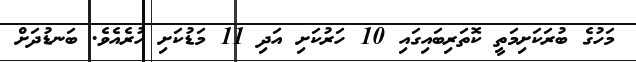
މަހުގެ ބުރަކަށިމަތީ ކޮތަރިބައިގައި 10 ހަރުކަށި އަދި 11 މަޑުކަށި ހުރެއެވެ. ބަނޑުދަށް